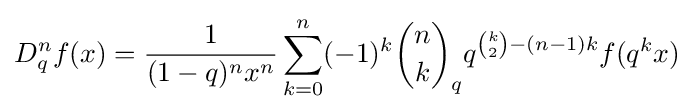
D_{q}^{n}f(x)={\frac {1}{(1-q)^{n}x^{n}}}\sum _{k=0}^{n}(-1)^{k}{\binom {n}{k}}_{q}q^{{\binom {k}{2}}-(n-1)k}f(q^{k}x)